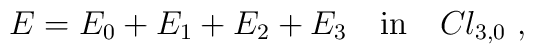
E = E_0 + E_1 + E_2 + E_3 ~~~\mbox{in}~~~Cl_{3,0}~,